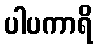
ပါပကာရိ